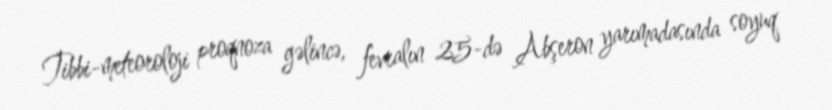
Tibbi-meteoroloji proqnoza gəlincə, fevralın 25-də Abşeron yarımadasında soyuq